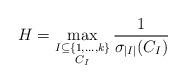
LaTeX: \begin{align*} H = \max_{\substack{ I \subseteq \{ 1, \ldots, k\} \\ C_I }} \frac{1}{\sigma_{|I|}(C_I)}\end{align*}